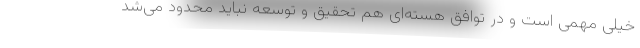
خیلی مهمی است و در توافق هسته‌ای هم تحقیق و توسعه نباید محدود می‌شد